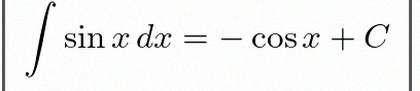
\int \sin x\,dx=-\cos x+C